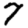
Digit: 7